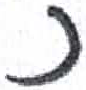
אות: נ